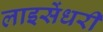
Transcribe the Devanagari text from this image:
लाइसेंधरी